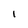
Character: I